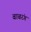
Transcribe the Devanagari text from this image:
बाबरंग